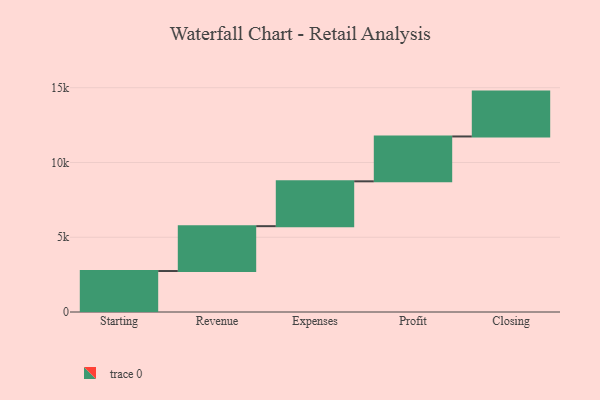
{"axis": {"x": "Step", "y": "Value"}, "legend": [""], "data": [{"x": "Starting", "y": 2740.0, "type": ""}, {"x": "Revenue", "y": 3000, "type": ""}, {"x": "Expenses", "y": 3000, "type": ""}, {"x": "Profit", "y": 3000, "type": ""}, {"x": "Closing", "y": 3000, "type": ""}]}